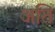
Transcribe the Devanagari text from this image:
अति